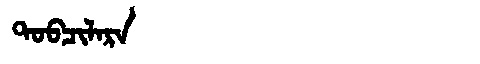
Manchu: ᡨᠣᠪᠴᡳᠯᠠᡵᠠ
Romanization: TOBCILARA